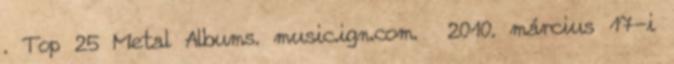
. Top 25 Metal Albums. music.ign.com. 2010. március 17-i